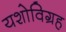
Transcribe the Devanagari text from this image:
यशोविग्रह